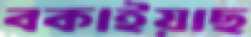
বকাইয়াছ